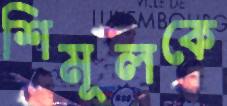
শিমূলকে